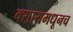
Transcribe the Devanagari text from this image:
क्सायमधूनच